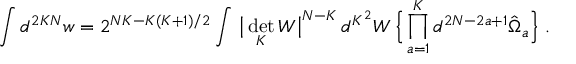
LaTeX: \int d ^ { 2 K N } w = 2 ^ { N K - K ( K + 1 ) / 2 } \int \, \big | \operatorname * { d e t } _ { K } W \big | ^ { N - K } \, d ^ { K ^ { 2 } } W \, \Big \{ \prod _ { a = 1 } ^ { K } d ^ { 2 N - 2 a + 1 } \hat { \Omega } _ { a } \Big \} \ .